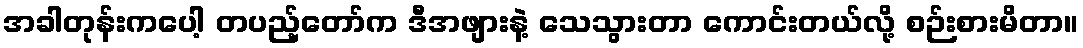
အခါတုန်းကပေါ့ တပည့်တော်က ဒီအဖျားနဲ့ သေသွားတာ ကောင်းတယ်လို့ စဉ်းစားမိတာ။